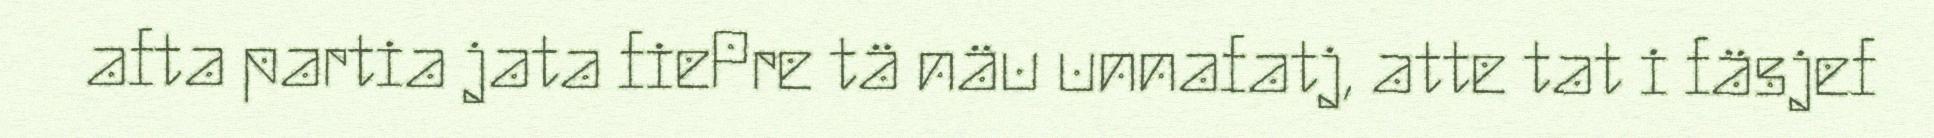
afta partia jata fiePre tä näu unnafatj, atte tat i fäsjef